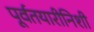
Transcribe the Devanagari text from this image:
पूर्वतयारीनिशी